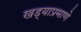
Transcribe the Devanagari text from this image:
खड्याप्रमाणे